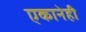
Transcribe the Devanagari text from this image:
एकानेही